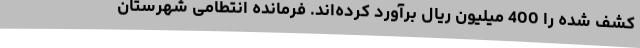
کشف شده را 400 میلیون ریال برآورد کرده‌اند. فرمانده انتطامی شهرستان